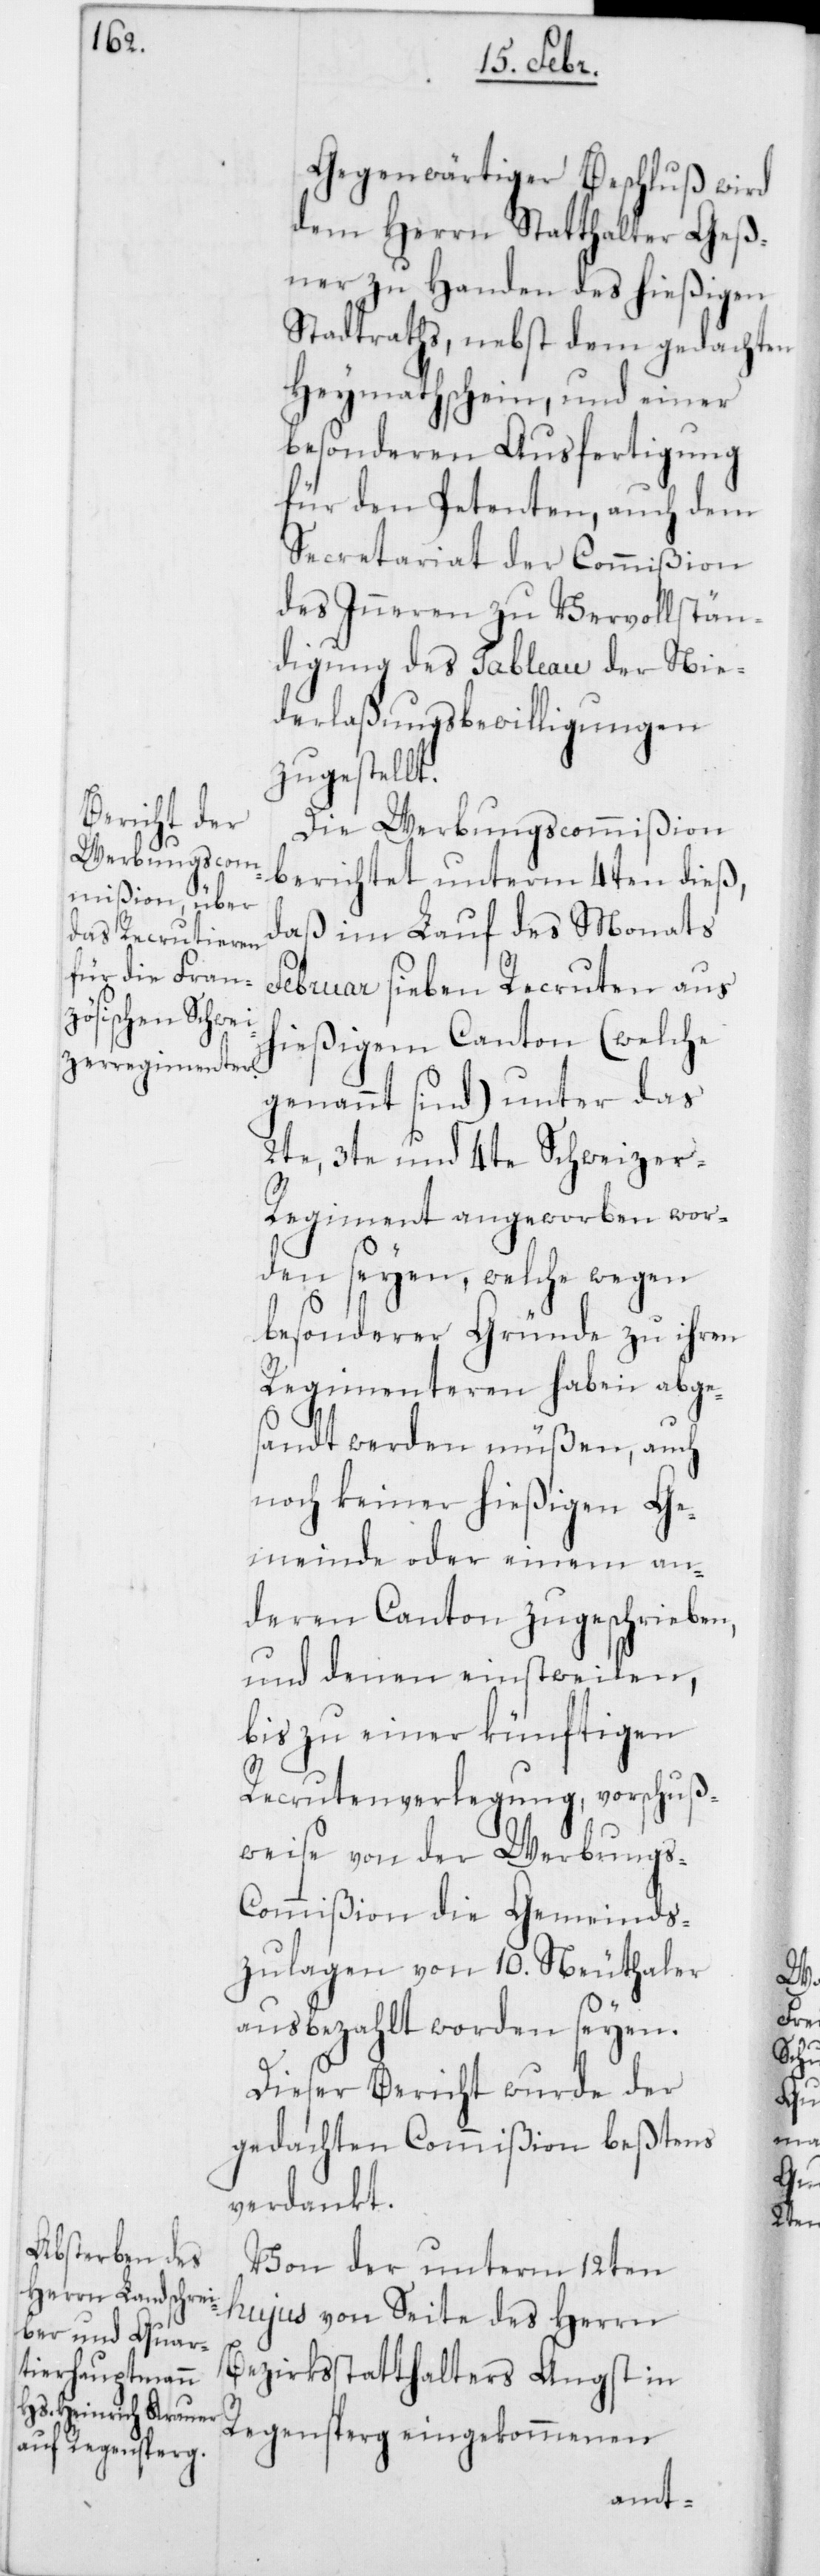
Gegenwärtiger Beschluß wird
dem Herrn Statthalter Geß¬
ner zu Handen des hießigen
Stadtraths, nebst dem gedachten
Heymathschein, und einer
besonderen Ausfertigung
für den Petenten, auch dem
Secretariat der Commißion
des Inneren zu Vervollstän¬
digung des Tableau der Nie¬
derlaßungsbewilligungen
zugestellt.
Die Werbungscommißion
berichtet unterm 4ten dieß,
daß im Lauf des Monats
Februar sieben Recruten aus
hießigem Canton (welche
genannt sind) unter das
2te, 3te und 4ten Schweize¬
r-Regiment angeworben wor¬
den seyen , welche wegen
besonderer Gründe zu ihren
Regimenteren haben abge¬
sandt werden müßen, auch
noch keiner hießigen Ge¬
meinde oder einem an¬
deren Canton zugeschrieben,
und denen einstweilen,
bis zu einer künftigen
Recrutenverlegung, vorschuß¬
weise von der Werbungs-C¬
ommißion die Gemeinds¬
zulagen von 10. Neuthaler
ausbezahlt worden seyen.
Dieser Bericht wurde der
gedachten Commißion beßtens
verdankt.
Von der unterm 12ten
hujus von Seite des Herrn
Bezirksstatthalters Angst in
Regensperg eingekommenen